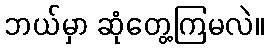
ဘယ်မှာ ဆုံတွေ့ကြမလဲ။